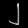
Digit: ၂